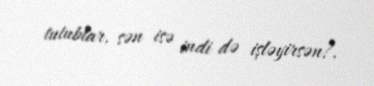
tutublar, sən isə indi də işləyirsən?.